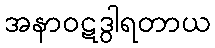
အနာဝဋဒွါရတာယ